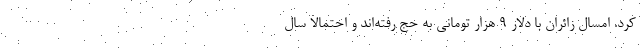
کرد. امسال زائران با دلار ۹ هزار تومانی به حج رفته‌اند و احتمالا سال